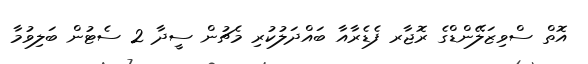
އޮތް ސްވިޒަލޭންޑްގެ ރޮޖާރ ފެޑެރާއާ ބައްދަލުކުރި މެޗުން ސީދާ 2 ސެޓުން ބަލިވުމާ